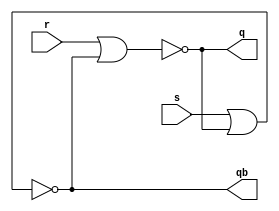
module sr_latch(r,s,q,qb);
input s,r;
output q,qb;
wire w1,w2;
nor n1(q,r,w2);
nor n2(qb,s,w1);
assign w1=q;
assign w2=qb;
endmodule